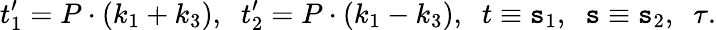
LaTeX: t_{1}^{\prime}=P\cdot(k_{1}+k_{3}),\; \; t_{2}^{\prime}=P\cdot(k_{1}-k_{3}),\; \; t\equiv\mathtt{s}_{1},\; \; \mathtt{s}\equiv\mathtt{s}_{2},\; \; \tau.